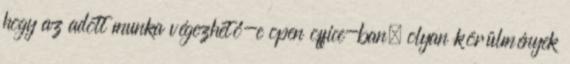
hogy az adott munka végezhető-e open office-ban, olyan körülmények